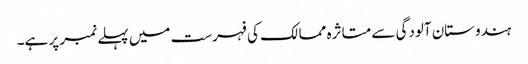
ہندوستان آلودگی سے متاثرہ ممالک کی فہرست میں پہلے نمبر پر ہے۔